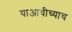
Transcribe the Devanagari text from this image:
याआधीच्याच